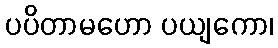
ပပိတာမဟော ပယျကော၊